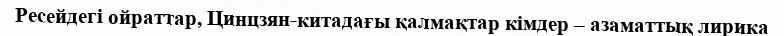
Ресейдегі ойраттар, Цинцзян-китадағы қалмақтар кімдер – азаматтық лирика